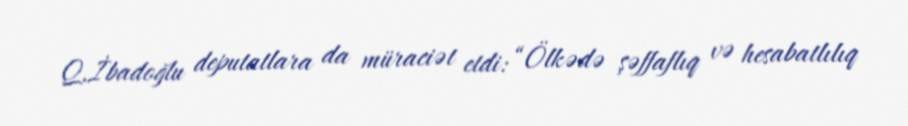
Q.İbadoğlu deputatlara da müraciət etdi: “Ölkədə şəffaflıq və hesabatlılıq